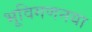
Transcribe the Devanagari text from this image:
भूविगणनया